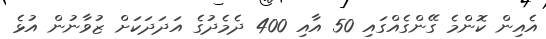
އެއިން ކޮންމެ ގޭންގެއްގައި 50 އާއި 400 ދެމެދުގެ އަދަދަކަށް ޒުވާނުން އުޅެ